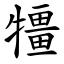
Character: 㹔